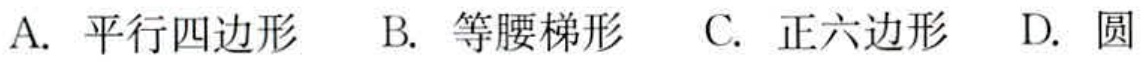
A. 平行四边形  B. 等腰梯形  C. 正六边形  D. 圆